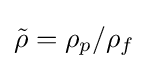
{\tilde {\rho }}=\rho _{p}/\rho _{f}